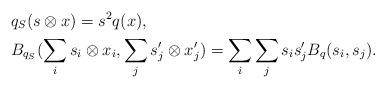
LaTeX: \begin{align*} &q_S(s\otimes x) = s^2q(x), \\ &B_{q_S}(\sum_is_i\otimes x_i,\sum_js_j'\otimes x_j') = \sum_i\sum_js_is_j'B_q(s_i,s_j).\end{align*}